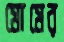
মোমের